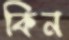
কিন